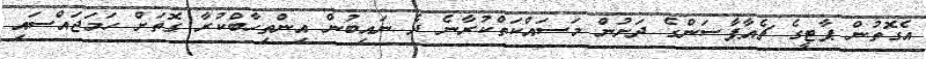
އެގޮތުން ޕާޓީގެ ޗެއާޕާސަންގެ ދަށުން މަސައްކަތްކުރާނެ ދެ ނައިބުން އިންތިހާބްކުރާ ގޮތަށް ހަމަޖައްސައި